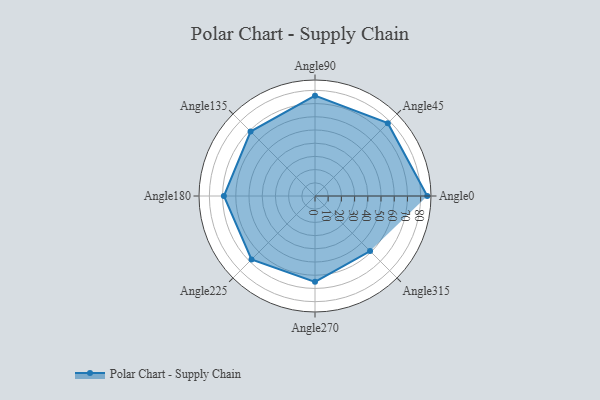
{"axis": {"x": "Angle", "y": "Radius"}, "legend": [""], "data": [{"x": "Angle0", "y": 85.0, "type": ""}, {"x": "Angle45", "y": 78.0, "type": ""}, {"x": "Angle90", "y": 76.0, "type": ""}, {"x": "Angle135", "y": 69.0, "type": ""}, {"x": "Angle180", "y": 69.0, "type": ""}, {"x": "Angle225", "y": 68.0, "type": ""}, {"x": "Angle270", "y": 65.0, "type": ""}, {"x": "Angle315", "y": 59.0, "type": ""}]}